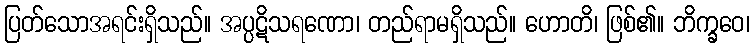
ပြတ်သောအရင်းရှိသည်။ အပ္ပဋိသရဏော၊ တည်ရာမရှိသည်။ ဟောတိ၊ ဖြစ်၏။ ဘိက္ခဝေ၊